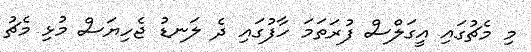
މި މެޗުގައި އީގަލްސް ފުރަތަމަ ހާފުގައި ދެ ލަނޑު ޖެހިޔަސް މުޅި މެޗު